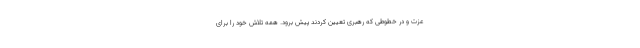
عزت و در خطوطی که رهبری تعیین کردند پیش برود. همه تلاش خود را برای